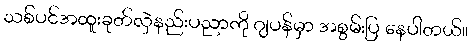
သစ်ပင်အထူးခုတ်လှဲနည်းပညာကို ဂျပန်မှာ အစွမ်းပြ နေပါတယ်။